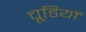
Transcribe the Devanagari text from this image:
चूडि़यों